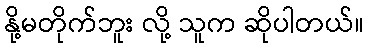
နို့မတိုက်ဘူး လို့ သူက ဆိုပါတယ်။